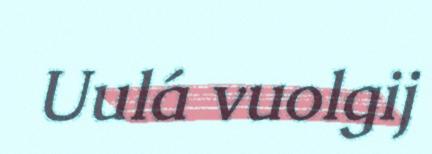
Uulá vuolgij